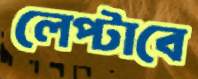
লেপ্‌টাবে